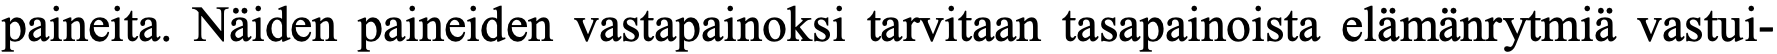
paineita. Näiden paineiden vastapainoksi tarvitaan tasapainoista elämänrytmiä vastui-